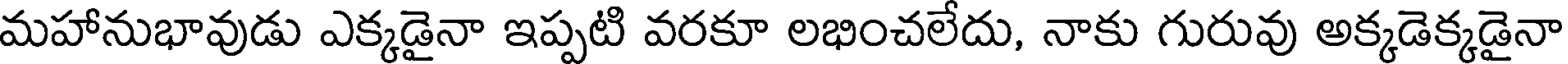
మహానుభావుడు ఎక్కడైనా ఇప్పటి వరకూ లభించలేదు, నాకు గురువు అక్కడెక్కడైనా